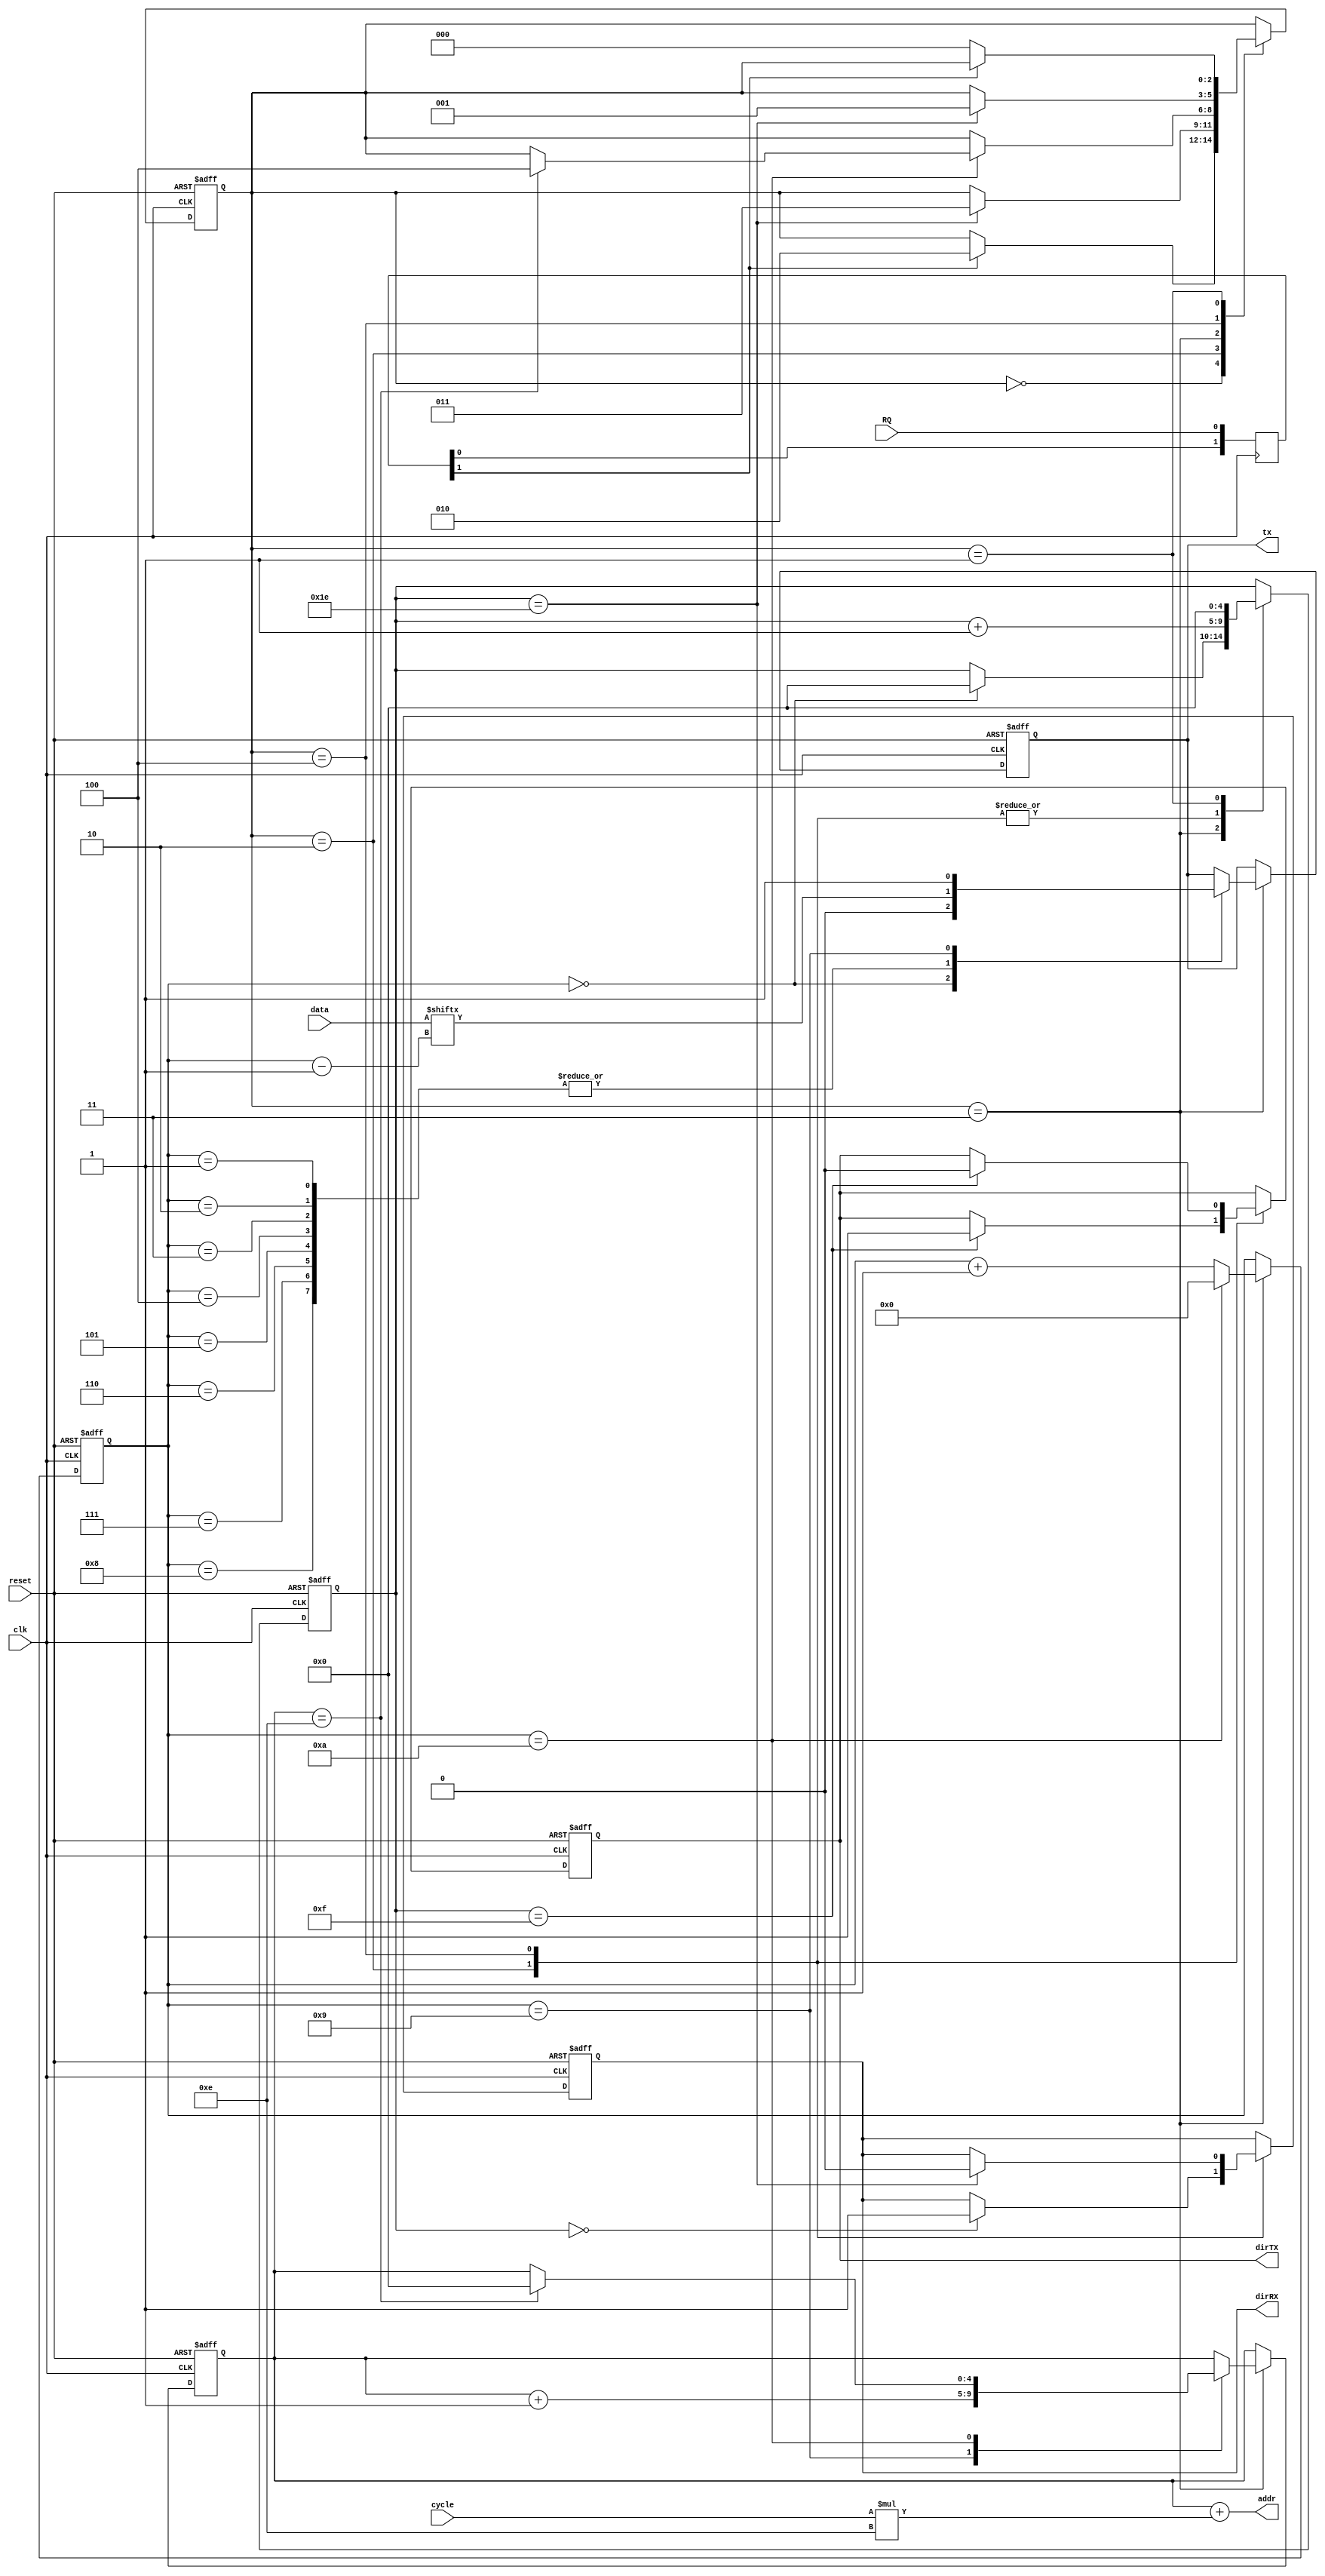
/*
	Ivan I. Ovchinnikov
	last upd.: 2016.04.25
	
	up to 32 * 16 bytes * 8 bits, startbit 0, stopbit 1, 
	no parity, MSB sequence, multiplexed input. 
	additional IP needed: 1-port ROM (dROM_bb.v)
	modify dROM.hex
*/

module UARTTXBIG
#(
	parameter BYTES = 5'd14
)
(
	input reset,					// global reset and enable signal
	input clk,						// actual needed baudrate (tested on 4,8 MHz)
	input RQ,						// start transfer signal
	input [4:0]cycle,
	input [7:0]data,
	output [8:0]addr,
	output reg tx,					// serial transmitted data
	output reg dirTX,				// rs485 TX dir controller 
	output reg dirRX				// rs485 RX dir controller
);

//	wire [7:0]data;				// 8bits data
	reg [4:0]switch;	// memory switcher
//	wire [8:0]addr;
	//reg unsigned [4:0]cycle;

	assign addr = (switch + (cycle * BYTES));
	
//dROM innerMEM(
//	.aclr(!reset),
//	.address(addr),
//	.clock(clk),
//	.q(data));

localparam WAIT=0, MEGAWAIT=1, DIRON=2, TX=3, DIROFF=4;

reg [2:0] state;
reg [3:0] serialize;
reg [4:0] delay;
reg [1:0] rqsync;

always@(posedge clk) begin			// double d-flipflop to avoid metastability
	rqsync <= { rqsync[0],  RQ };	// start signal from other clock domain
end

always@(posedge clk or negedge reset)
begin
if (~reset) begin					// global asyncronous reset, initial values
	state <= 1'b0;
	serialize <= 0;
	delay <= 1'b0;
	tx <= 1'b1;
	switch <= 0;
	dirTX <= 0;
	dirRX <= 0;
end else begin						// main circuit
	case (state)					// state machine
		WAIT: begin					// waiting for transfer request
			if (rqsync[1]) state <= DIRON;		// just move on
		end
		DIRON: begin 				// set the DIR pins to high level with a tiny delay
			delay <= delay + 1'b1;	// count while in this state
			if (delay == 0) begin dirRX <= 1; end
			if (delay == 15) begin dirTX <= 1; end
			if (delay == 30) begin state <= TX; end	// proceed to next state
		end
		TX: begin					// the transfer
			serialize <= serialize + 1'b1;		// count while in this state
			case (serialize)					// make a sequence while here
				0: begin 
					tx <= 0;  		// startbit
					delay <= 0;		// reset previous counter
				end
				1,2,3,4,5,6,7,8: tx <= data[(serialize - 1)];	// transmit every bit of data
				9: begin 
					tx <= 1;		// stopbit
					switch <= switch + 1'b1;	// switch memory
				end
				10: begin
					serialize <= 0; // reset sequencer
					if (switch == BYTES) begin 
						switch <= 0; 
						state <= DIROFF; 
					end	// if completed transfer proceed to next state 
				end	
			endcase
		end
		DIROFF: begin				// set the DIR pins to low level with a tiny delay
			delay <= delay + 1'b1;	// count while in this state
			if (delay == 15) begin dirTX <= 0; end
			if (delay == 30) begin dirRX <= 0; state <= MEGAWAIT; end	// proceed to next state
		end
		MEGAWAIT: begin			// checking the low level of request signal
			delay <= 0;				// reset previous counter
			if (~rqsync[1]) state <= WAIT; // just move on
		end
	endcase 
end
end
endmodule